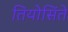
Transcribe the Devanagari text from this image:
तियोसिंते